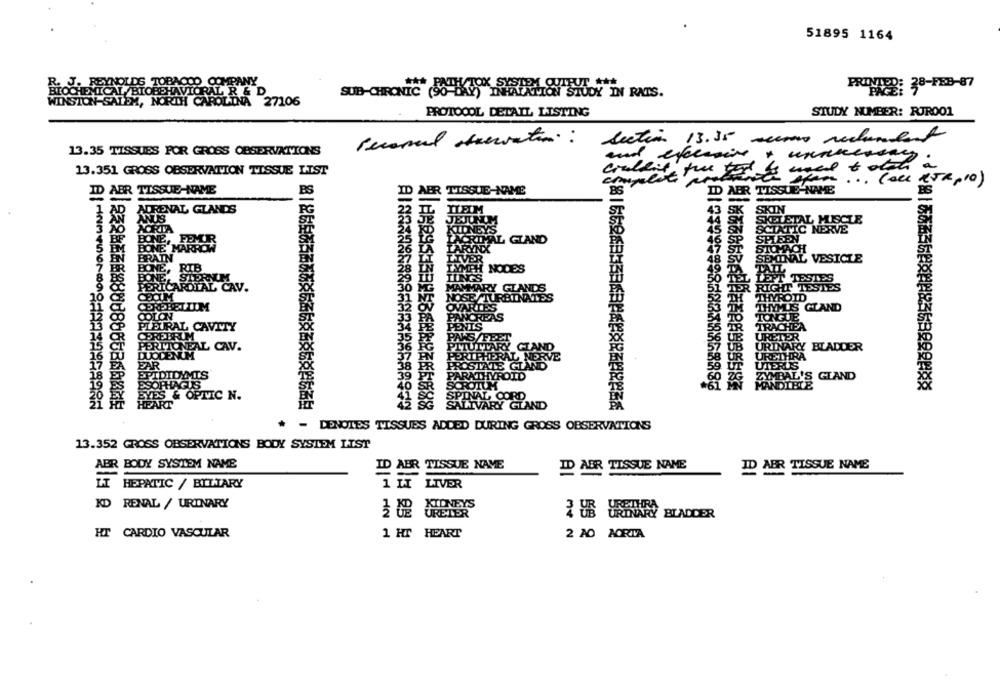
51895 1164
DS TOBACOD COMPANY
PRONTO: 38-FEB-87
IICAL /BIOBEHAVIORAL R & D
SUB-CHRONIC (50-LKY) INIARISTON STUDY IN RATS.
I-SALEM, NORTH CAROLINA
27106
PROTOCOL DETAIL LISTING
STUDY NUMBER: RUR001
Section 13.35
13.35 TISSUES POR GROSS OBSERVATIONS
and executive
13.351 GROSS OBSERVATION TISSUE LIST
Kan ... (ALL KJR , 10 )
ID ABR TISSUE-NAME
BS
AER TISSUE-NAME
BS
ID ABR TISSUE-NAME
ADRENAL GLANDS
Arts
SKELETAL MUSCLE
SCIATIC NERVE
SPIER
AL GLAND
VAL VESICLE
NODES
ET TESTES
RICARDTAL CAV.
GHT TESTES
YROID
CEREBELLIM
YMUS GLAND
COLON
PLEURAL CAVITY
CEREBRUM
PERITONEAL CAV.
DUODENUM
CLAND
BLADDER
ERAL NERVE
EAR
TE GLAND
EPIDIDYMIS
YROID
'S GLAND
ESOPHAGUS
EYES & OPTIC N.
HEART
用に支え出函西街8888886686日國史
単1日月29日は百日监会合成图合比西医院888
RY GLAND
- DENDIES TISSUES ADDED DURING GROSS OBSERVATIONS
13.352 GROSS OBSERVATIONS BODY SYSTEM LIST
ABR BODY SYSTEM NAME
ID ABR TISSUE NAVE
ID AER TISSUE NAME
ID ABR TISSUE NAME
HEPATIC / BILTARY
1 HI LIVER
KD RENAL / URINARY
KIDNEYS
3 2 URETER
URINARY BLADDER
HT CARDIO VASCULAR
2 AO AORTA
1 HT HEART